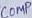
Text: COMP